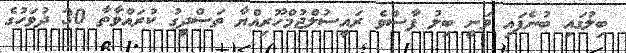
ބިލުގައި ބުނެފައި ވަނީ ބިލު ފާސްވެ ރައީސުލްޖުމްހޫރިއްޔާ ތަސްދީގު ކުރައްވާތާ 30 ދުވަހުގެ